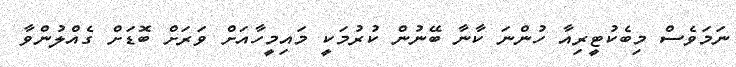
ނަމަވެސް މިބެކުޓީރިއާ ހުންނަ ކާނާ ބޭނުން ކުރުމަކީ މައިމީހާއަށް ވަރަށް ބޮޑަށް ގެއްލުންވާ